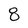
Character: 8